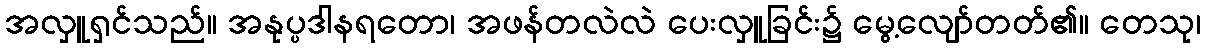
အလှူရှင်သည်။ အနုပ္ပဒါနရတော၊ အဖန်တလဲလဲ ပေးလှူခြင်း၌ မွေ့လျော်တတ်၏။ တေသု၊